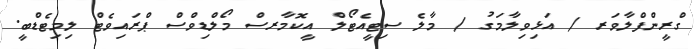
ގްރީންފްލާވަރ / އަޅިވިލާމަގު / މާލެ ސިޓީއެޓޯލް އީކޮމާރސް މޯލްޑިވްސް ޕްރައިވެޓް ލިމިޓެޑްބީ.